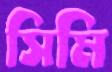
সিমি